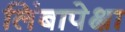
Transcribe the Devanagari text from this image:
लिंबापेक्षा